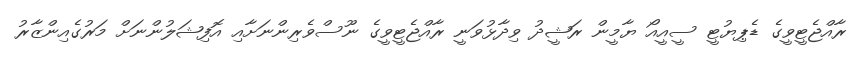
ރާއްޖެޓީވީގެ ޑެޕިޔުޓީ ސީއީއޯ ޔާމީން ރަޝީދު ވިދާޅުވަނީ ރާއްޖެޓީވީގެ ނޫސްވެރިންނަށާއި އޮފިޝަލުންނަށް މަރުގެއިންޒާރު